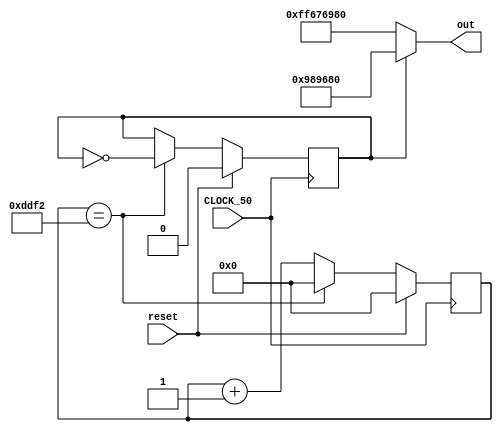
module square_wave_osc (
   input CLOCK_50,
   input reset,
   output [31:0] out);
   
   parameter HALF_WAVELENGTH	= 20'd56_818;     // for 440 Hz (50,000/440)/2
   parameter AMPLITUDE 	      = 32'd10_000_000;
   reg [19:0] count;
   reg phase;
   
   always @(posedge CLOCK_50)
      if (reset) begin
         count <= 0;
         phase <= 0;
      end
      else if (count == HALF_WAVELENGTH) begin
         count <= 0;
         phase <= ~phase;
      end
      else begin
         count <= count + 1;
      end
      
   assign out = phase ? AMPLITUDE : -AMPLITUDE;

endmodule